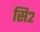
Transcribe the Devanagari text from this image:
सि२